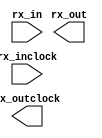
// megafunction wizard: %ALTLVDS_RX%VBB%
// GENERATION: STANDARD
// VERSION: WM1.0
// MODULE: ALTLVDS_RX 

// ============================================================
// Megafunction Name(s):
// 			ALTLVDS_RX
//
// Simulation Library Files(s):
// 			altera_mf
// ============================================================
// ************************************************************
// THIS IS A WIZARD-GENERATED FILE. DO NOT EDIT THIS FILE!
//
// 18.1.1 Build 646 04/11/2019 SJ Lite Edition
// ************************************************************

//Copyright (C) 2019  Intel Corporation. All rights reserved.
//Your use of Intel Corporation's design tools, logic functions 
//and other software and tools, and any partner logic 
//functions, and any output files from any of the foregoing 
//(including device programming or simulation files), and any 
//associated documentation or information are expressly subject 
//to the terms and conditions of the Intel Program License 
//Subscription Agreement, the Intel Quartus Prime License Agreement,
//the Intel FPGA IP License Agreement, or other applicable license
//agreement, including, without limitation, that your use is for
//the sole purpose of programming logic devices manufactured by
//Intel and sold by Intel or its authorized distributors.  Please
//refer to the applicable agreement for further details, at
//https://fpgasoftware.intel.com/eula.

module LVDS_RX (
	rx_in,
	rx_inclock,
	rx_out,
	rx_outclock);

	input	[0:0]  rx_in;
	input	  rx_inclock;
	output	[3:0]  rx_out;
	output	  rx_outclock;

endmodule

// ============================================================
// CNX file retrieval info
// ============================================================
// Retrieval info: LIBRARY: altera_mf altera_mf.altera_mf_components.all
// Retrieval info: PRIVATE: Bitslip NUMERIC "4"
// Retrieval info: PRIVATE: Clock_Choices STRING "tx_coreclock"
// Retrieval info: PRIVATE: Clock_Mode NUMERIC "0"
// Retrieval info: PRIVATE: Data_rate STRING "8.0"
// Retrieval info: PRIVATE: Deser_Factor NUMERIC "4"
// Retrieval info: PRIVATE: Dpll_Lock_Count NUMERIC "0"
// Retrieval info: PRIVATE: Dpll_Lock_Window NUMERIC "0"
// Retrieval info: PRIVATE: Enable_DPA_Mode STRING "OFF"
// Retrieval info: PRIVATE: Enable_FIFO_DPA_Channels NUMERIC "0"
// Retrieval info: PRIVATE: Ext_PLL STRING "OFF"
// Retrieval info: PRIVATE: INTENDED_DEVICE_FAMILY STRING "Cyclone V"
// Retrieval info: PRIVATE: Le_Serdes STRING "OFF"
// Retrieval info: PRIVATE: Num_Channel NUMERIC "1"
// Retrieval info: PRIVATE: Outclock_Divide_By NUMERIC "0"
// Retrieval info: PRIVATE: pCNX_OUTCLK_ALIGN NUMERIC "0"
// Retrieval info: PRIVATE: pINCLOCK_PHASE_SHIFT STRING "0.00"
// Retrieval info: PRIVATE: PLL_Enable NUMERIC "0"
// Retrieval info: PRIVATE: PLL_Freq STRING "8.000000"
// Retrieval info: PRIVATE: PLL_Period STRING "125.000"
// Retrieval info: PRIVATE: pOUTCLOCK_PHASE_SHIFT NUMERIC "0"
// Retrieval info: PRIVATE: Reg_InOut NUMERIC "1"
// Retrieval info: PRIVATE: Use_Cda_Reset NUMERIC "0"
// Retrieval info: PRIVATE: Use_Clock_Resc STRING "AUTO"
// Retrieval info: PRIVATE: Use_Common_Rx_Tx_Plls NUMERIC "0"
// Retrieval info: PRIVATE: Use_Data_Align NUMERIC "0"
// Retrieval info: PRIVATE: Use_Lock NUMERIC "0"
// Retrieval info: PRIVATE: Use_Pll_Areset NUMERIC "0"
// Retrieval info: PRIVATE: Use_Rawperror NUMERIC "0"
// Retrieval info: PRIVATE: Use_Tx_Out_Phase NUMERIC "0"
// Retrieval info: CONSTANT: BUFFER_IMPLEMENTATION STRING "RAM"
// Retrieval info: CONSTANT: CDS_MODE STRING "UNUSED"
// Retrieval info: CONSTANT: COMMON_RX_TX_PLL STRING "OFF"
// Retrieval info: CONSTANT: clk_src_is_pll STRING "off"
// Retrieval info: CONSTANT: DATA_ALIGN_ROLLOVER NUMERIC "4"
// Retrieval info: CONSTANT: DATA_RATE STRING "8.0 Mbps"
// Retrieval info: CONSTANT: DESERIALIZATION_FACTOR NUMERIC "4"
// Retrieval info: CONSTANT: DPA_INITIAL_PHASE_VALUE NUMERIC "0"
// Retrieval info: CONSTANT: DPLL_LOCK_COUNT NUMERIC "0"
// Retrieval info: CONSTANT: DPLL_LOCK_WINDOW NUMERIC "0"
// Retrieval info: CONSTANT: ENABLE_CLOCK_PIN_MODE STRING "UNUSED"
// Retrieval info: CONSTANT: ENABLE_DPA_ALIGN_TO_RISING_EDGE_ONLY STRING "OFF"
// Retrieval info: CONSTANT: ENABLE_DPA_CALIBRATION STRING "ON"
// Retrieval info: CONSTANT: ENABLE_DPA_FIFO STRING "UNUSED"
// Retrieval info: CONSTANT: ENABLE_DPA_INITIAL_PHASE_SELECTION STRING "OFF"
// Retrieval info: CONSTANT: ENABLE_DPA_MODE STRING "OFF"
// Retrieval info: CONSTANT: ENABLE_DPA_PLL_CALIBRATION STRING "OFF"
// Retrieval info: CONSTANT: ENABLE_SOFT_CDR_MODE STRING "OFF"
// Retrieval info: CONSTANT: IMPLEMENT_IN_LES STRING "OFF"
// Retrieval info: CONSTANT: INCLOCK_BOOST NUMERIC "0"
// Retrieval info: CONSTANT: INCLOCK_DATA_ALIGNMENT STRING "EDGE_ALIGNED"
// Retrieval info: CONSTANT: INCLOCK_PERIOD NUMERIC "125000"
// Retrieval info: CONSTANT: INCLOCK_PHASE_SHIFT NUMERIC "0"
// Retrieval info: CONSTANT: INPUT_DATA_RATE NUMERIC "8"
// Retrieval info: CONSTANT: INTENDED_DEVICE_FAMILY STRING "Cyclone V"
// Retrieval info: CONSTANT: LOSE_LOCK_ON_ONE_CHANGE STRING "UNUSED"
// Retrieval info: CONSTANT: LPM_HINT STRING "UNUSED"
// Retrieval info: CONSTANT: LPM_TYPE STRING "altlvds_rx"
// Retrieval info: CONSTANT: NUMBER_OF_CHANNELS NUMERIC "1"
// Retrieval info: CONSTANT: OUTCLOCK_RESOURCE STRING "AUTO"
// Retrieval info: CONSTANT: PLL_OPERATION_MODE STRING "NORMAL"
// Retrieval info: CONSTANT: PLL_SELF_RESET_ON_LOSS_LOCK STRING "UNUSED"
// Retrieval info: CONSTANT: PORT_RX_CHANNEL_DATA_ALIGN STRING "PORT_UNUSED"
// Retrieval info: CONSTANT: PORT_RX_DATA_ALIGN STRING "PORT_UNUSED"
// Retrieval info: CONSTANT: REFCLK_FREQUENCY STRING "8.000000 MHz"
// Retrieval info: CONSTANT: REGISTERED_DATA_ALIGN_INPUT STRING "UNUSED"
// Retrieval info: CONSTANT: REGISTERED_OUTPUT STRING "ON"
// Retrieval info: CONSTANT: RESET_FIFO_AT_FIRST_LOCK STRING "UNUSED"
// Retrieval info: CONSTANT: RX_ALIGN_DATA_REG STRING "RISING_EDGE"
// Retrieval info: CONSTANT: SIM_DPA_IS_NEGATIVE_PPM_DRIFT STRING "OFF"
// Retrieval info: CONSTANT: SIM_DPA_NET_PPM_VARIATION NUMERIC "0"
// Retrieval info: CONSTANT: SIM_DPA_OUTPUT_CLOCK_PHASE_SHIFT NUMERIC "0"
// Retrieval info: CONSTANT: USE_CORECLOCK_INPUT STRING "OFF"
// Retrieval info: CONSTANT: USE_DPLL_RAWPERROR STRING "OFF"
// Retrieval info: CONSTANT: USE_EXTERNAL_PLL STRING "OFF"
// Retrieval info: CONSTANT: USE_NO_PHASE_SHIFT STRING "ON"
// Retrieval info: CONSTANT: X_ON_BITSLIP STRING "ON"
// Retrieval info: USED_PORT: rx_in 0 0 1 0 INPUT NODEFVAL "rx_in[0..0]"
// Retrieval info: CONNECT: @rx_in 0 0 1 0 rx_in 0 0 1 0
// Retrieval info: USED_PORT: rx_inclock 0 0 0 0 INPUT NODEFVAL "rx_inclock"
// Retrieval info: CONNECT: @rx_inclock 0 0 0 0 rx_inclock 0 0 0 0
// Retrieval info: USED_PORT: rx_out 0 0 4 0 OUTPUT NODEFVAL "rx_out[3..0]"
// Retrieval info: CONNECT: rx_out 0 0 4 0 @rx_out 0 0 4 0
// Retrieval info: USED_PORT: rx_outclock 0 0 0 0 OUTPUT NODEFVAL "rx_outclock"
// Retrieval info: CONNECT: rx_outclock 0 0 0 0 @rx_outclock 0 0 0 0
// Retrieval info: GEN_FILE: TYPE_NORMAL LVDS_RX.v TRUE FALSE
// Retrieval info: GEN_FILE: TYPE_NORMAL LVDS_RX.qip TRUE FALSE
// Retrieval info: GEN_FILE: TYPE_NORMAL LVDS_RX.bsf TRUE TRUE
// Retrieval info: GEN_FILE: TYPE_NORMAL LVDS_RX_inst.v TRUE TRUE
// Retrieval info: GEN_FILE: TYPE_NORMAL LVDS_RX_bb.v TRUE TRUE
// Retrieval info: GEN_FILE: TYPE_NORMAL LVDS_RX.inc TRUE TRUE
// Retrieval info: GEN_FILE: TYPE_NORMAL LVDS_RX.cmp TRUE TRUE
// Retrieval info: GEN_FILE: TYPE_NORMAL LVDS_RX.ppf TRUE FALSE
// Retrieval info: LIB_FILE: altera_mf
// Retrieval info: CBX_MODULE_PREFIX: ON